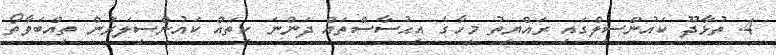
4. ތުޅާދޫ ކައުންސިލްގައި ރައްޔިތު މީހާގެ އިޙުސާސްތައް ދަންނަ ކިތައް ކައުންސިލަރުން ތިއްބަވާތޯ